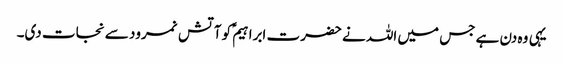
یہی وہ دن ہے جس میں اللہ نے حضرت ابراہیمؑ کو آتش نمرود سے نجات دی۔